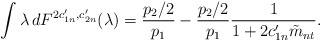
\begin{align*} \int\lambda \,dF^{2c_{1n}',c_{2n}'}(\lambda)=\frac{p_2/2}{p_1}-\frac{p_2/2}{p_1}\frac{1}{1+2c_{1n}'\tilde{m}_{nt}}.\end{align*}